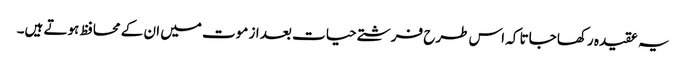
یہ عقیدہ رکھا جاتا کہ اس طرح فرشتے حیات بعد از موت میں ان کے محافظ ہوتے ہیں۔